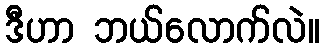
ဒီဟာ ဘယ်လောက်လဲ။